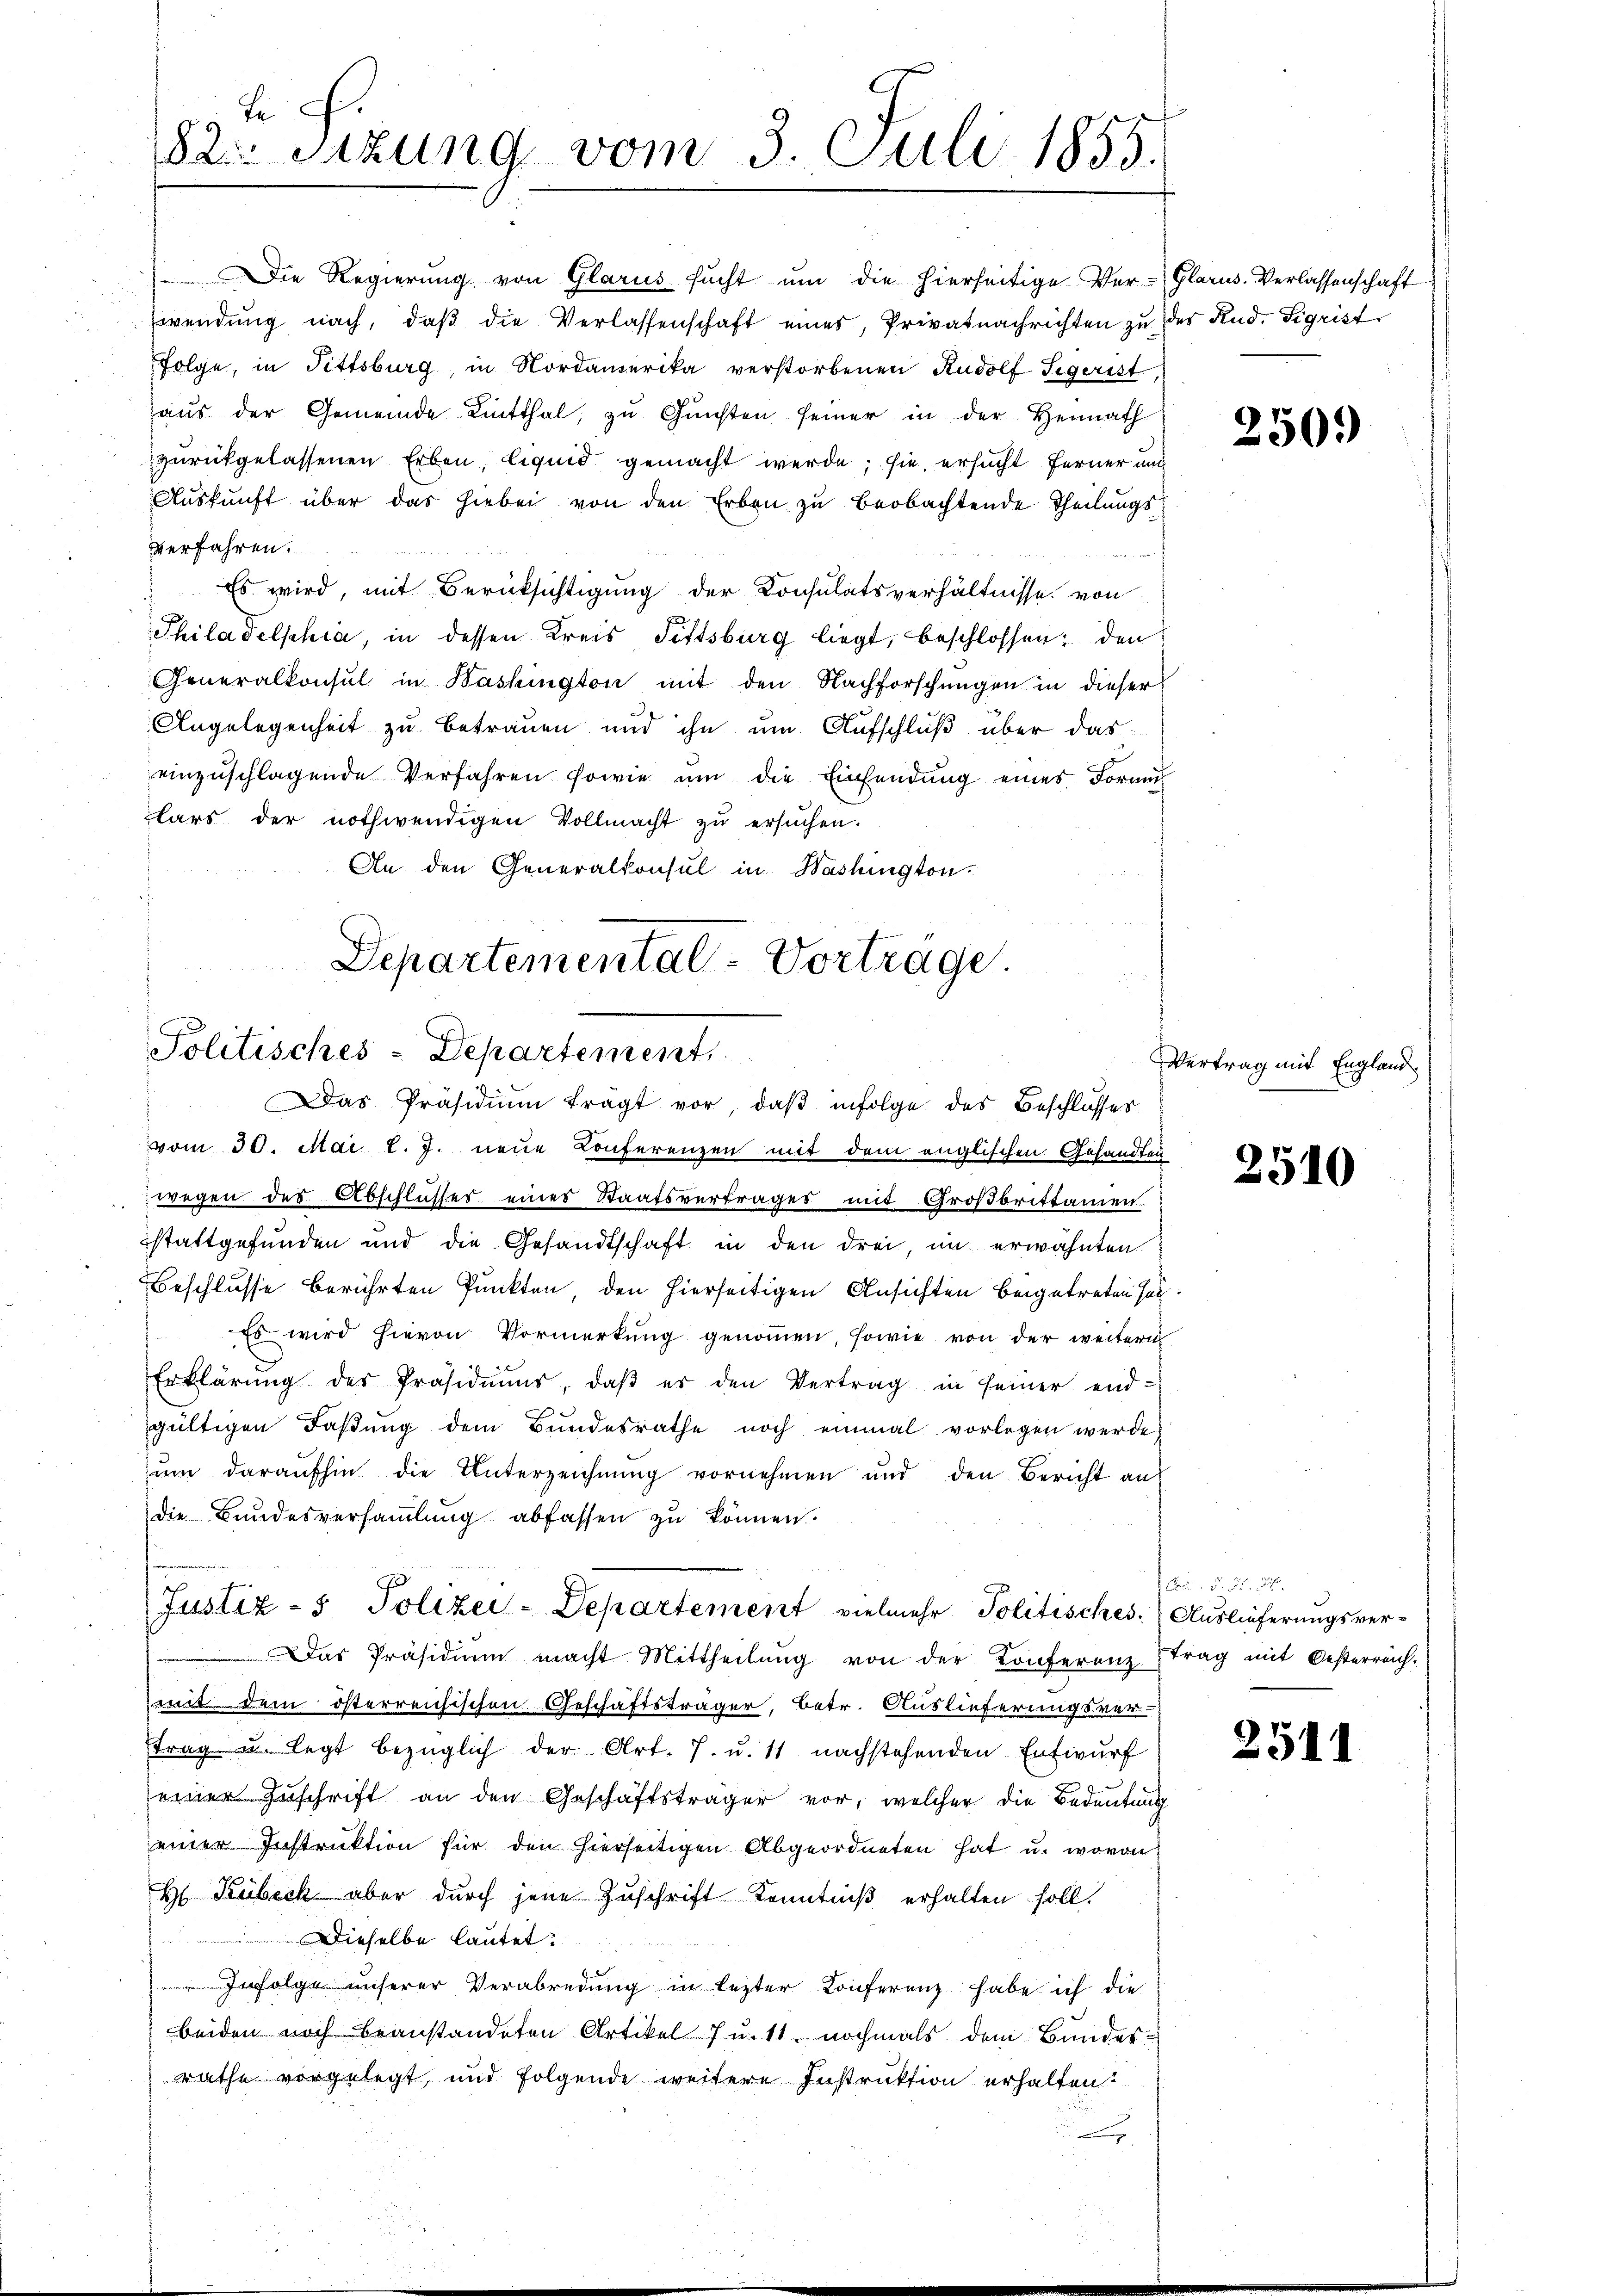
Die Regierung von Glarus sucht ŭm die hierseitige Ver-Glarus. Verlassenschaft
wendung nach, daß die Verlassenschaft eines, Privatnachrichten zu des Rud. Sigrist
Folge, in Fittsburg, in Nordamerika verstorbenen Rudolf Sigrist,
aŭs der Gemeinde Linthal, zŭ Gŭnsten seiner in der Heimath
zurückgelassenen Erben, liquid gemacht werde; sie ersucht ferner und
Auskunft über das hiebei von den Erben zu beobachtende Theilungsverfahren.
Es wird, mit Berücksichtigung der Konsulatsverhältnisse von
Philadelphia, in dessen Kreis Fittsburg liegt, beschlossen: den
Generalkonsul in Washington mit den Nachforschungen in dieser
Angelegenheit zu betrauen und ihn um Aufschluß über das
einzuschlagende Verfahren sowie ŭm die Einsendung eines Formu
lars der nothwendigen Vollmacht zŭ ersŭchen.
An den Generalkonsul in Washington

wegen des Abschlusses eines Staatsvertrages mit Großbrittamen
stattgefunden und die Gesandtschaft in den drei, im erwähnten
Beschlusse berührten Punkten, den hierseitigen Ansichten beigetreten sei.
Es wird hievon Vormerkung genommen, sowie von der weitern
Erklärŭng der Präsidiŭms, daβ es den Vertrag in seiner end-
gültigen Faßung dem Bundesrathe noch einmal vorlegen werde,
zum daraufhin die Unterzeichnung vornehmen und den Bericht an
die Bundesversammlung abfassen zu können.
Das Präsidiŭm macht Mittheilŭng von der Konferenz trag mit Oesterreich-
mit dem österreichischen Geschäftsträger, betr. Auslieferungsver-
trag u. legt bezüglich der Art. 7. u. 11 nachstehenden Entwurf
einer Zuschrift an den Geschäftsträger vor, welcher die Bedeutung
einer Instruktion für den hierseitigen Abgeordneten hat u. wovon
H Kübeck aber durch jene Zuschrift Kenntniß erhalten soll.
Dieselbe lautet:
ol unserer Verabredung in lezter Konferenz habe ich die
beiden noch beanstandeten Artikel Just, nochmals dem Bundesrathe vorgelegt, und folgende weitere Instruktion erhalten.

Je
82. Sitzung vom 3. Juli 1855.

Departemental-Vorträge.
Politisches-Departement
Das Präsidiŭm fragt vor, daβ infolge des Beschlosses
vom 30. Mai l. J. neue Konferenzen mit dem englischen Gesandten

Justiz- & Polizei-Departement vielmehr Politisches Auslieferungsver-

2509

Vertrag mit England

2510

i . .

2511